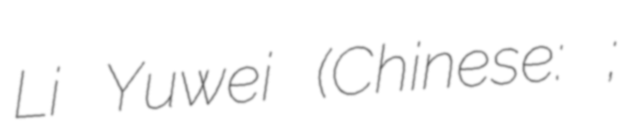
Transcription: Li Yuwei (Chinese: 李玉伟;